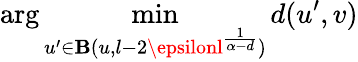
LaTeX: \arg\operatorname*{min}_{u^{\prime}\in\mathbf{B}(u,l-2\epsilonl^{\frac{{1}}{{\alpha-d}}})}d(u^{\prime},v)